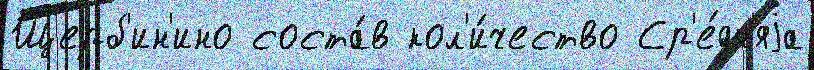
Щерб'ин'ино соста́в кол'и́чество Ср'е́дн'яjа